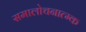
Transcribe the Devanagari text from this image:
समालोचनात्म्क